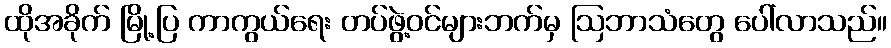
ထိုအခိုက် မြို့ပြ ကာကွယ်ရေး တပ်ဖွဲ့ဝင်များဘက်မှ ဩဘာသံတွေ ပေါ်လာသည်။